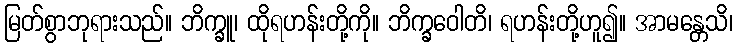
မြတ်စွာဘုရားသည်။ ဘိက္ခူ၊ ထိုရဟန်းတို့ကို။ ဘိက္ခဝေါတိ၊ ရဟန်းတို့ဟူ၍။ အာမန္တေသိ၊